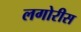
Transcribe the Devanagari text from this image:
लगोरीस